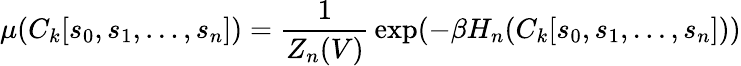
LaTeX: \mu(C_{k}[s_{0},s_{1},\ldots,s_{n}])={\frac{1}{Z_{n}(V)}}\exp(-\beta H_{n}(C_{k}[s_{0},s_{1},\ldots,s_{n}]))